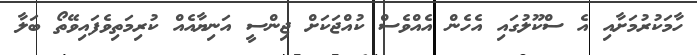
ހާމަކުރުމަށާއި އެ ސްކޫލުގައި އެހެން އެއްވެސް ކުއްޖަކަށް ޖިންސީ އަނިޔާއެއް ކުރިމަތިވެފައިވޭތޯ ބަލާ